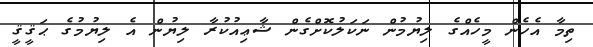
ތިމާ އެހެން މީހެއްގެ ލިޔުމުން ނަކަލުކޮށްގެން ޝާޢިއުކުރާ ލިޔުން އެ ލިޔުމުގެ ޙަޤީޤީ